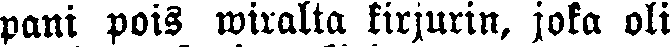
pani pois wiralta kirjurin, joka oli